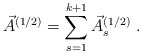
\begin{align*}\vec{A}^{(1/2)} = \sum_{s=1}^{k+1} \vec{A}_s^{(1/2)} \ .\end{align*}